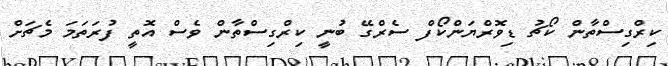
ކިރްގިސްތާން ކޯޗު ޑިވޮރްޔަންކޯފް ސެރްގޭ ބުނީ ކިރްގިސްތާން ވެސް އޮތީ ފުރަތަމަ މެޗަށް